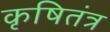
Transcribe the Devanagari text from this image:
कृषितंत्र